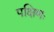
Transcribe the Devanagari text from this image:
पक्षिणः